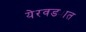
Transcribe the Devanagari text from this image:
येरवड्यात